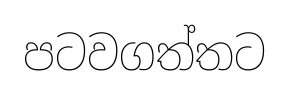
පටවගත්තට